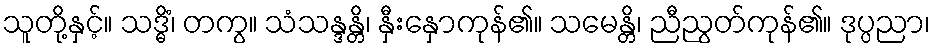
သူတို့နှင့်။ သဒ္ဓိံ၊ တကွ။ သံသန္ဒန္တိ၊ နှီးနှောကုန်၏။ သမေန္တိ၊ ညီညွတ်ကုန်၏။ ဒုပ္ပညာ၊